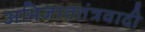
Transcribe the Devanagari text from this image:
अभिजाततंत्रवादी